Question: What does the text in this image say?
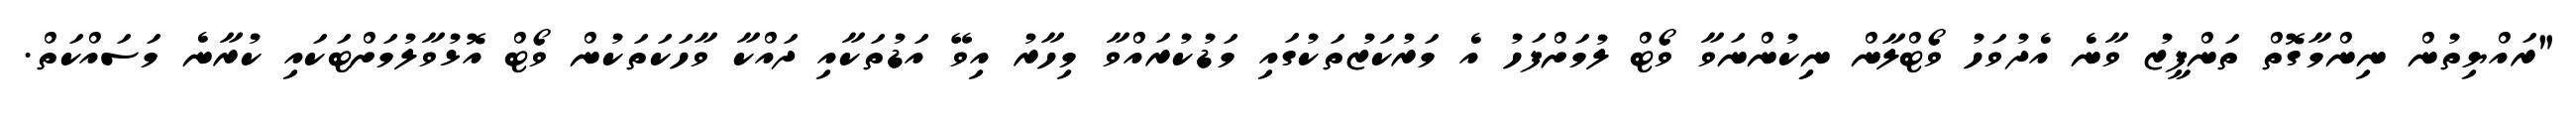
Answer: "ރައްޔިތުން ނިންމާގޮތް ތަންފީޒު ވާނެ އެދުވަހު ވޯޓްލާން ނިިކުންނަވާ ވޯޓް ލުމަށްފަހު އެ މަރުކަޒުތަކުގައި މަޑުކުރައްވާ މިހާރު އިވޭ އަޑުތަކާއި ދައްކާ ވާހަކަތަކުން ވޯޓް އޮޅުވާލުމަށްޓަކައި ކުރާނެ މަސައްކަތް.